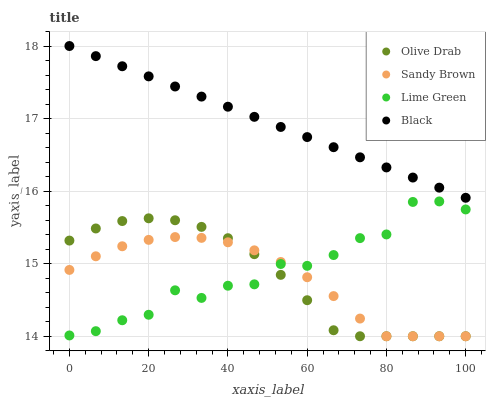
| xaxis_label | Olive Drab | Sandy Brown | Lime Green | Black |
 | --- | --- | --- | --- | --- |
 | 0 | 15.3 | 14.9 | 14 | 18 |
 | 6.67 | 15.5 | 15.1 | 14.1 | 17.9 |
 | 13.3 | 15.6 | 15.2 | 14.2 | 17.7 |
 | 20 | 15.6 | 15.3 | 14.3 | 17.6 |
 | 26.7 | 15.6 | 15.4 | 14.6 | 17.4 |
 | 33.3 | 15.5 | 15.4 | 14.5 | 17.3 |
 | 40 | 15.4 | 15.3 | 14.7 | 17.2 |
 | 46.7 | 15.1 | 15.2 | 14.7 | 17 |
 | 53.3 | 14.8 | 15 | 15 | 16.9 |
 | 60 | 14.5 | 14.8 | 15 | 16.7 |
 | 66.7 | 14.1 | 14.6 | 15.1 | 16.6 |
 | 73.3 | 14 | 14.2 | 15.4 | 16.5 |
 | 80 | 14 | 14 | 15.4 | 16.3 |
 | 86.7 | 14 | 14 | 15.9 | 16.2 |
 | 93.3 | 14 | 14 | 15.9 | 16 |
 | 100 | 14 | 14 | 15.7 | 15.9 |